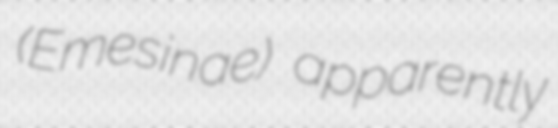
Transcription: (Emesinae) apparently